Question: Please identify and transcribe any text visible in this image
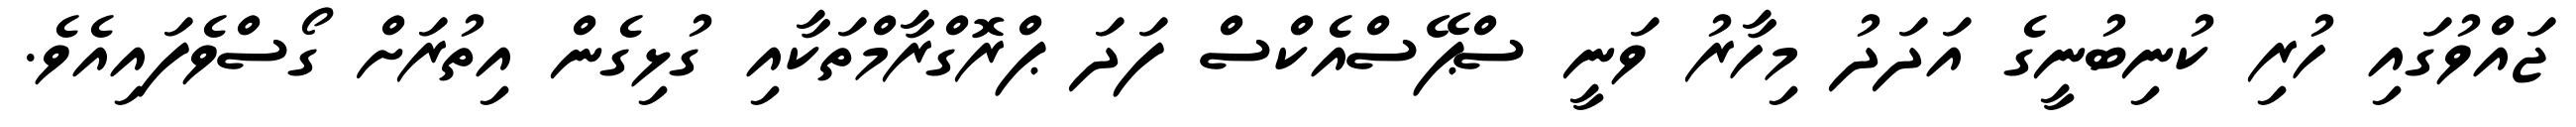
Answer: ޖައްވުގައި ހުރި ކުނިބުނީގެ އަދަދު މިހާރު ވަނީ ސްޕޭސްއެކްސް ފަދަ ޕްރޮގްރާމްތަކާއި ގުޅިގެން އިތުރަށް ގޯސްވެފައިއެވެ.